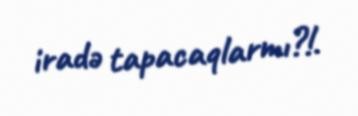
iradə tapacaqlarmı?!.